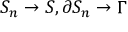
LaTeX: S _ { n } \rightarrow S , \partial S _ { n } \rightarrow \Gamma